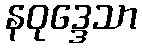
နဝုဒ္ဒေသာ